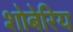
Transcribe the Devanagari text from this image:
शोबेरिय